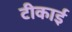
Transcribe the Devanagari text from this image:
टीकाई